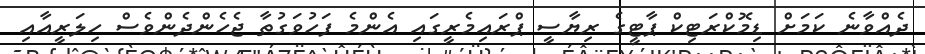
ދެއްވާނެ ކަމަށް ޑިމޮކްރަޓިކް ޕާޓީގެ ރިޔާސީ ޕްރައިމެރީގައި އެންމެ ފަހުވަގުތާ ޖެހެންދެންވެސް ހިލަރީއާއި